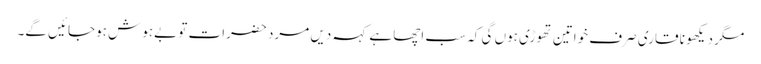
مگر دیکھو نا قاری صرف خواتین تھوڑی ہوں گی کہ سب اچھا ہے کہہ دیں مرد حضرات تو بےہوش ہوجائیں گے۔